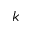
k